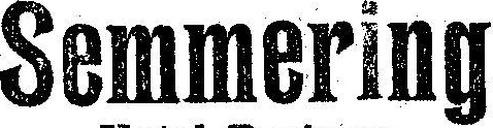
Semmering